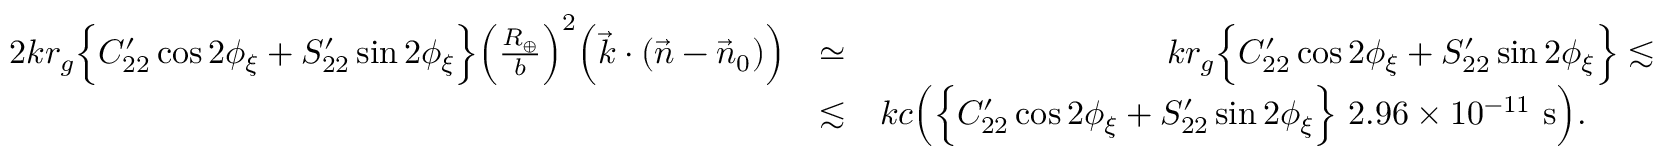
\begin{array} { r l r } { 2 k r _ { g } \Big \{ C _ { 2 2 } ^ { \prime } \cos 2 \phi _ { \xi } + S _ { 2 2 } ^ { \prime } \sin 2 \phi _ { \xi } \Big \} \Big ( \frac { R _ { \oplus } } { b } \Big ) ^ { 2 } \Big ( { \vec { k } } \cdot ( { \vec { n } } - { \vec { n } } _ { 0 } ) \Big ) } & { \simeq } & { k r _ { g } \Big \{ C _ { 2 2 } ^ { \prime } \cos 2 \phi _ { \xi } + S _ { 2 2 } ^ { \prime } \sin 2 \phi _ { \xi } \Big \} \lesssim } \\ & { \lesssim } & { k c \Big ( \Big \{ C _ { 2 2 } ^ { \prime } \cos 2 \phi _ { \xi } + S _ { 2 2 } ^ { \prime } \sin 2 \phi _ { \xi } \Big \} ~ 2 . 9 6 \times 1 0 ^ { - 1 1 } ~ \mathrm { s } \Big ) . ~ ~ ~ ~ ~ ~ } \end{array}